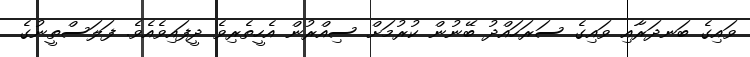
ވައިގެ ބަނދަރާއި ވައިގެ ސަރަހައްދު ބޭނުން ކުރުމަށް ސިއްރުން އެހީތެރިވެ ދީފައިވެއެވެ. ފަލަސްތީނުގެ